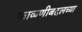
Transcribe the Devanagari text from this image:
फाळणीबद्दलच्या